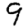
Digit: 9